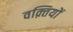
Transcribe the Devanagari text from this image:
वक़्तियों